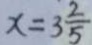
x = 3 \frac { 2 } { 5 }